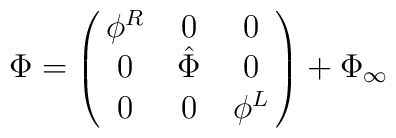
\Phi = \left(\matrix{ \phi^R  & 0  & 0  \cr                        0 &  \hat \Phi  & 0 \cr                        0 & 0 & \phi^L } \right)        + \Phi_\infty